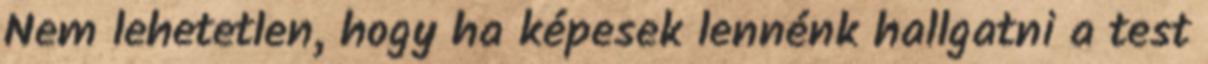
Nem lehetetlen, hogy ha képesek lennénk hallgatni a test